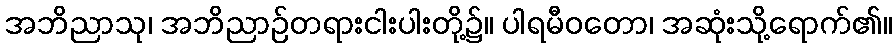
အဘိညာသု၊ အဘိညာဉ်တရားငါးပါးတို့၌။ ပါရမီဝတော၊ အဆုံးသို့ရောက်၏။